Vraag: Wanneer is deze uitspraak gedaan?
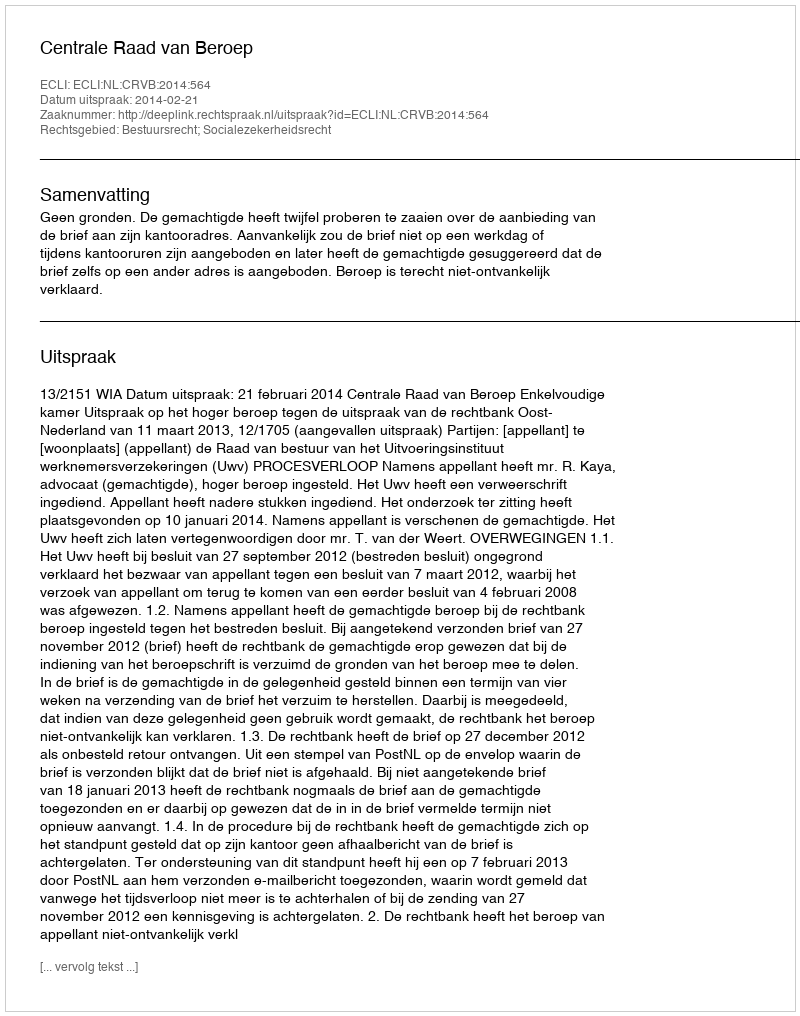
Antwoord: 2014-02-21